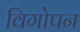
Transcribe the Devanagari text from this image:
विगोपन